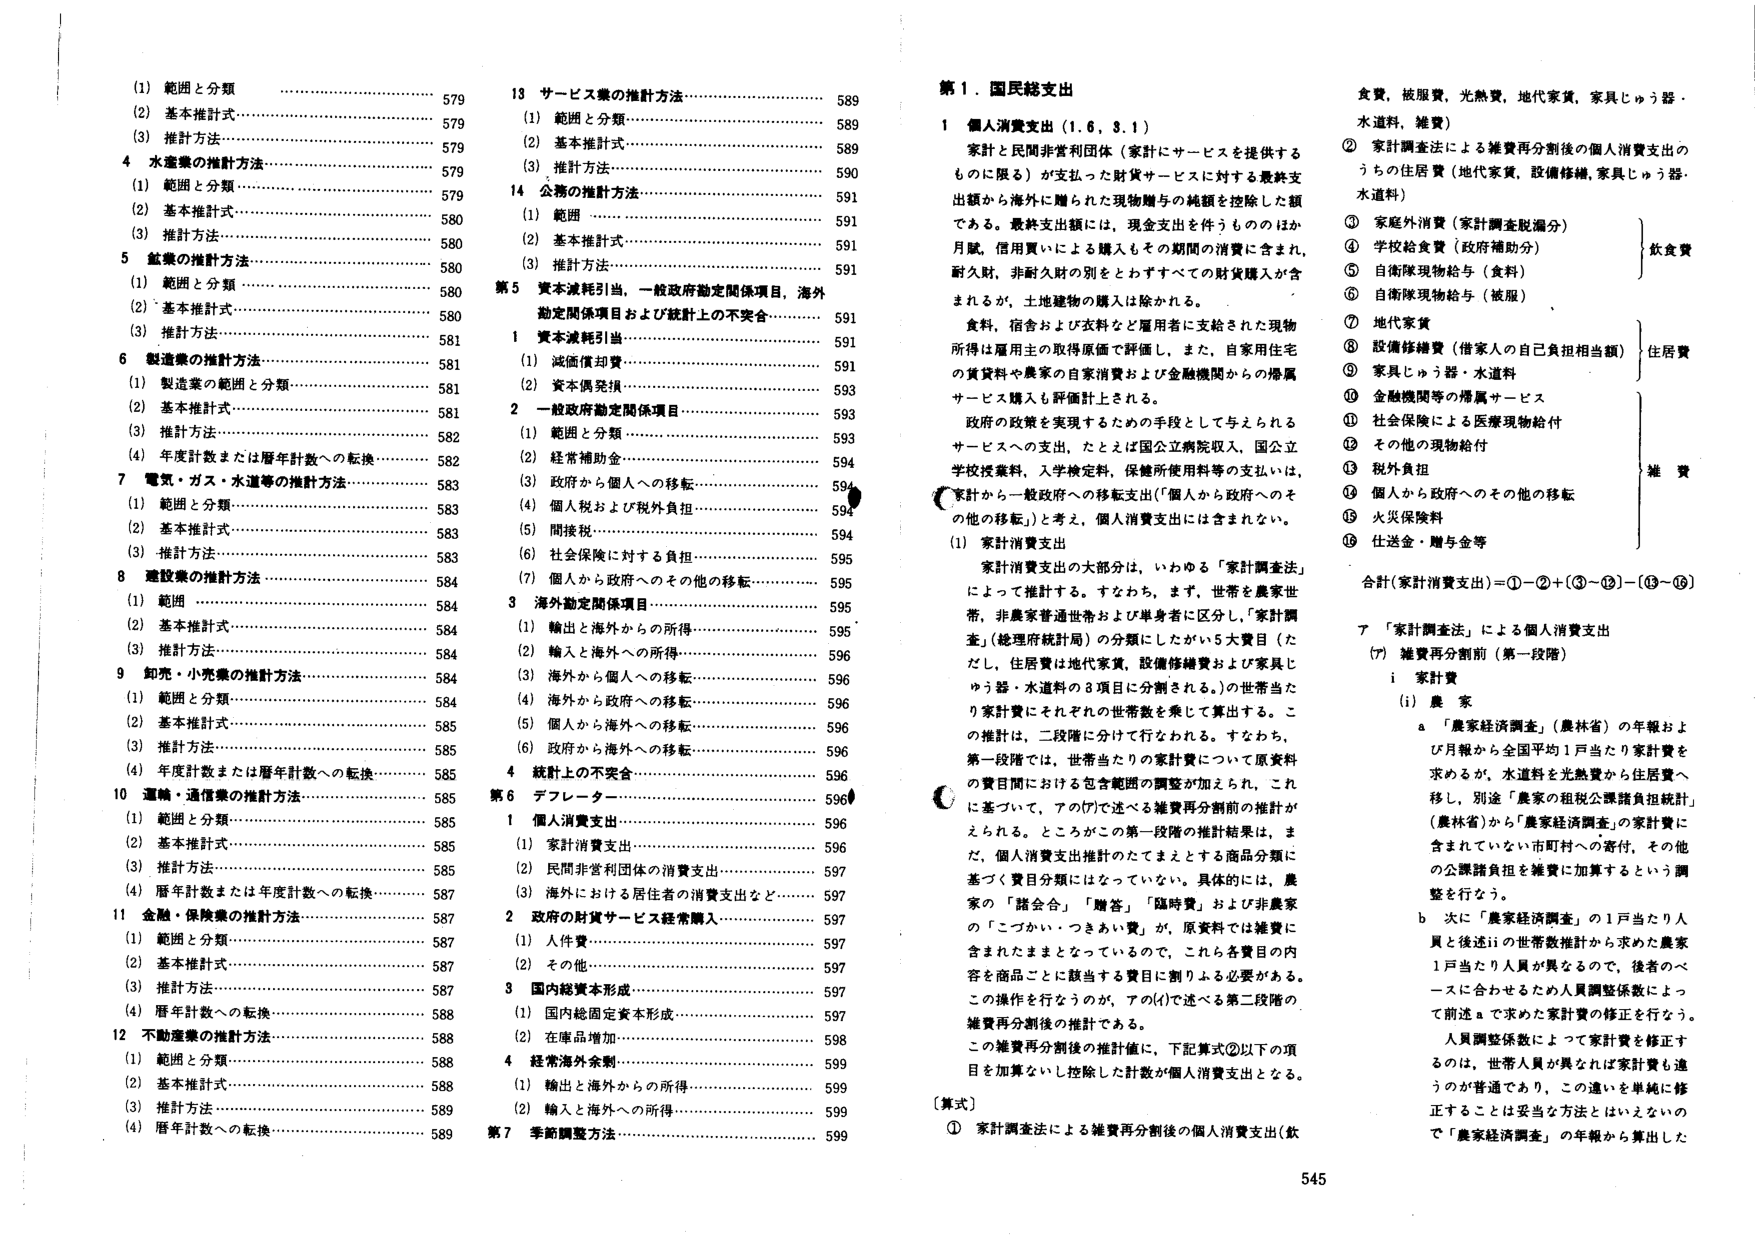
(1) 範囲と分類……………………………………… 579
(2) 基本推計式……………………………………… 579
(3) 推計方法……………………………………… 579
4 水産業の推計方法………………………………… 579
(1) 範囲と分類……………………………………… 579
(2) 基本推計式……………………………………… 580
(3) 推計方法……………………………………… 580
5 鉱業の推計方法…………………………………… 580
(1) 範囲と分類……………………………………… 580
(2) 基本推計式……………………………………… 580
(3) 推計方法……………………………………… 581
6 製造業の推計方法………………………………… 581
(1) 製造業の範囲と分類…………………………… 581
(2) 基本推計式……………………………………… 581
(3) 推計方法……………………………………… 582
(4) 年度計数または暦年計数への転換…………… 582
7 電気・ガス・水道等の推計方法………………… 583
(1) 範囲と分類……………………………………… 583
(2) 基本推計式……………………………………… 583
(3) 推計方法……………………………………… 583
8 建設業の推計方法………………………………… 584
(1) 範囲…………………………………………… 584
(2) 基本推計式……………………………………… 584
(3) 推計方法……………………………………… 584
9 卸売・小売業の推計方法………………………… 584
(1) 範囲と分類……………………………………… 584
(2) 基本推計式……………………………………… 585
(3) 推計方法……………………………………… 585
(4) 年度計数または暦年計数への転換…………… 585
10 運輸・通信業の推計方法………………………… 585
(1) 範囲と分類……………………………………… 585
(2) 基本推計式……………………………………… 585
(3) 推計方法……………………………………… 585
(4) 暦年計数または年度計数への転換…………… 587
11 金融・保険業の推計方法………………………… 587
(1) 範囲と分類……………………………………… 587
(2) 基本推計式……………………………………… 587
(3) 推計方法……………………………………… 587
(4) 暦年計数への転換……………………………… 588
12 不動産業の推計方法……………………………… 588
(1) 範囲と分類……………………………………… 588
(2) 基本推計式……………………………………… 588
(3) 推計方法……………………………………… 589
(4) 暦年計数への転換……………………………… 589
13 サービス業の推計方法…………………………… 589
(1) 範囲と分類……………………………………… 589
(2) 基本推計式……………………………………… 589
(3) 推計方法……………………………………… 590
14 公務の推計方法…………………………………… 591
(1) 範囲…………………………………………… 591
(2) 基本推計式……………………………………… 591
(3) 推計方法……………………………………… 591
第5 資本減耗引当，一般政府勘定関係項目，海外勘定関係項目および統計上の不突合……………… 591
1 資本減耗引当……………………………………… 591
(1) 減価償却費……………………………………… 591
(2) 資本備発損……………………………………… 593
2 一般政府勘定関係項目…………………………… 593
(1) 範囲と分類……………………………………… 593
(2) 経常補助金……………………………………… 594
(3) 政府から個人への移転………………………… 594
(4) 個人税および税外負担………………………… 594
(5) 間接税………………………………………… 594
(6) 社会保険に対する負担………………………… 595
(7) 個人から政府へのその他の移転……………… 595
3 海外勘定関係項目………………………………… 595
(1) 輸出と海外からの所得………………………… 595
(2) 輸入と海外への所得…………………………… 596
(3) 海外から個人への移転………………………… 596
(4) 海外から政府への移転………………………… 596
(5) 個人から海外への移転………………………… 596
(6) 政府から海外への移転………………………… 596
4 統計上の不突合…………………………………… 596
第6 デフレーター……………………………………… 596
1 個人消費支出……………………………………… 596
(1) 家計消費支出…………………………………… 596
(2) 民間非営利団体の消費支出…………………… 597
(3) 海外における居住者の消費支出など………… 597
2 政府の財貨サービス経常購入…………………… 597
(1) 人件費………………………………………… 597
(2) その他………………………………………… 597
3 国内総資本形成…………………………………… 597
(1) 国内総固定資本形成…………………………… 597
(2) 在庫品増加……………………………………… 598
4 経常海外余剰……………………………………… 599
(1) 輸出と海外からの所得………………………… 599
(2) 輸入と海外への所得…………………………… 599
第7 季節調整方法…………………………………… 599

第1．国民総支出
1 個人消費支出（1.6，3.1）
家計と民間非営利団体（家計にサービスを提供するものに限る）が支払った財貨サービスに対する最終支出額から海外に贈られた現物贈与の純額を控除した額である。最終支出額には，現金支出を伴うもののはか月賦，信用買いによる購入もその期間の消費に含まれ，耐久財，非耐久財の別をとわずすべての財貨購入が含まれるが，土地建物の購入は除かれる。
食料，宿舎および衣料など雇用者に支給された現物所得は雇用主の取得原価で評価し，また，自家用住宅の賃貸料や農家の自家消費および金融機関からの帰属サービス購入も評価計上される。
政府の政策を実現するための手段として与えられるサービスへの支出，たとえば国立病院収入，国立学校授業料，入学検定料，保健所使用料等の支出は，家計から一般政府への移転支出（「個人から政府へのその他の移転」）と考え，個人消費支出には含まれない。
(1) 家計消費支出
家計消費支出の大部分は，いわゆる「家計調査法」によって推計する。すなわち，まず，世帯を農家世帯，非農家普通世帯および単身者に区分し，「家計調査」（総理府統計局）の分類にしたがい5大項目（ただし，住居費は地代家賃，設備修繕費および家具じゅう器・水道料の3項目に分割される。）の世帯当たり家計費にそれぞれの世帯数を乗じて算出する。この推計は，二段階に分けて行われる。すなわち，第一段階では，世帯当たりの家計費について原資料の費目間における包含範囲の調整が加えられ，これに基づいて，アの(ア)で述べる雑費再分割前の推計がえられる。ところがこの第一段階の推計結果は，まだ，個人消費支出推計のたてまえとする商品分類に基づく費目分類にはなっていない。具体的には，農家の「諸会合」「贈答」「臨時費」および非農家の「こづかい・つきあい費」が，原資料では雑費に含まれたままでなっているので，これら各費目の内容を商品ごとに該当する費目に割りよる必要がある。この操作を行なうのが，アの(イ)で述べる第二段階の雑費再分割後の推計である。
この雑費再分割後の推計値に，下記算式②以下の項目を加算ないし控除した計数が個人消費支出となる。
[算式]
① 家計調査法による雑費再分割後の個人消費支出（飲
食費，被服費，光熱費，地代家賃，家具じゅう器・水道料，雑費）
② 家計調査法による雑費再分割後の個人消費支出のうちの住居費（地代家賃，設備修繕，家具じゅう器・水道料）
③ 家庭外消費（家計調査脱漏分）
④ 学校給食費（政府補助分）
⑤ 自衛隊現物給与（食料）
⑥ 自衛隊現物給与（被服）
⑦ 地代家賃
⑧ 設備修繕費（借家人の自己負担相当額）
⑨ 家具じゅう器・水道料
⑩ 金融機関等の帰属サービス
⑪ 社会保険による医療現物給付
⑫ その他の現物給付
⑬ 税外負担
⑭ 個人から政府へのその他の移転
⑮ 火災保険料
⑯ 仕送金・贈与金等
合計（家計消費支出）＝①－②＋（③－⑫）－（⑬－⑯）
ア 「家計調査法」による個人消費支出
(ア) 雑費再分割前（第一段階）
i 家計費
(1) 農 家
a 「農家経済調査」（農林省）の年報および月報から全国平均1戸当たり家計費を求めが，水道料を光熱費から住居費へ移し，別途「農家の租税公課諸負担統計」（農林省）から「農家経済調査」の家計費に含まれていない市町村への寄付，その他の公課諸負担を雑費に加算するという調整を行なう。
b 次に「農家経済調査」の1戸当たり人員と後述iiの世帯数推計から求めた農家1戸当たり人員が異なるので，後者のベースに合わせるため人員調整係数によって前述aで求めた家計費の修正を行なう。
人員調整係数によって家計費を修正するのは，世帯人員が異なれば家計費も違うのが普通であり，この違いを単純に修正することは妥当な方法とはいえないので「農家経済調査」の年報から算出した

545